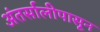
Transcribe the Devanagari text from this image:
अंतर्सालीपासून